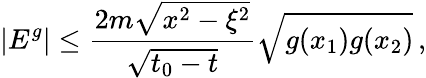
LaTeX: |E^{g}|\leq\frac{2m\sqrt{x^{2}-\xi^{2}}}{\sqrt{t_{0}-t}}\sqrt{g(x_{1})g(x_{2})}\, ,